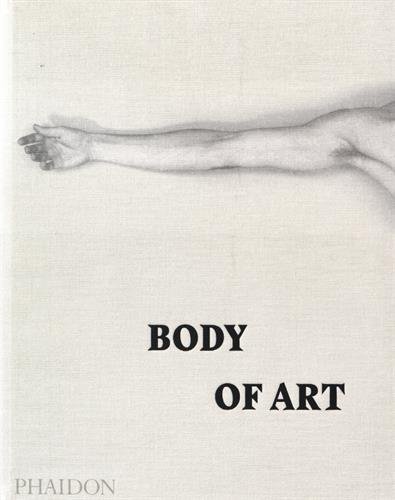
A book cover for Body of Art; Phaidon (COR),Monica Kjellman-Chapin,Robert Shane,David Trigg Phaidon; Arts & Photography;